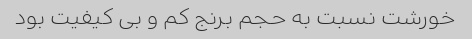
خورشت نسبت به حجم برنج کم و بی کیفیت بود